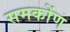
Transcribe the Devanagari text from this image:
समकोंण